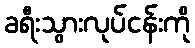
ခရီးသွားလုပ်ငန်းကို